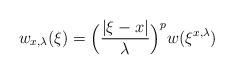
LaTeX: \begin{align*}{w_{x,\lambda }}( \xi ) = \Big( \frac{|\xi-x|}{\lambda } \Big)^p w({ \xi^{x,\lambda }})\end{align*}